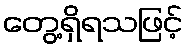
တွေ့ရှိရသဖြင့်